Annual statistical returns and brief notes on vaccination in Bengal - 1887-1898
Year: 1887
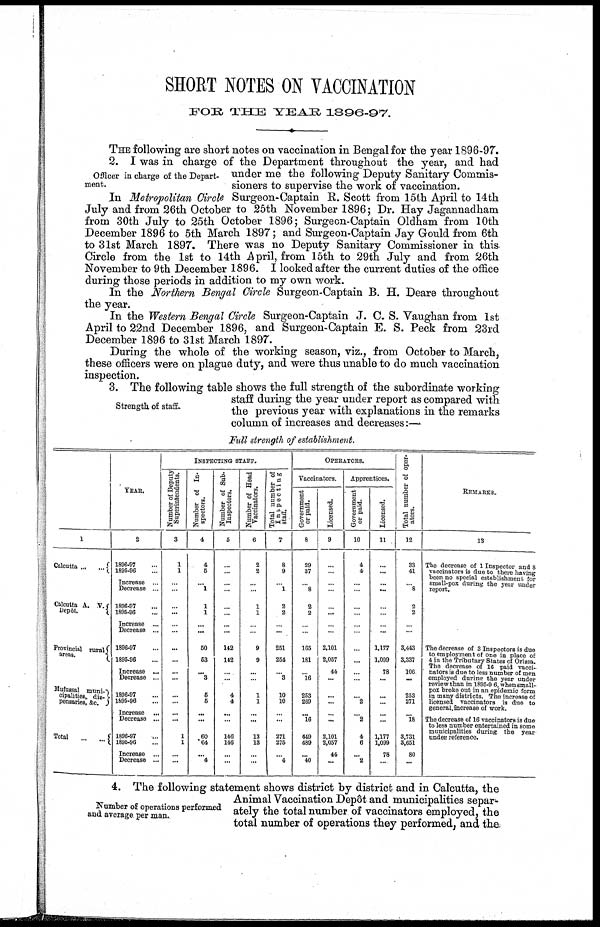
SHORT NOTES ON VACCINATION
FOR THE YEAR 1896-97.
THE following are short notes on vaccination in Bengal for the year 1896-97.
Officer in charge of the Depart-
ment.
2. I was in charge of the Department throughout the year, and had
under me the following Deputy Sanitary Commis-
sioners to supervise the work of vaccination.
In Metropolitan Circle Surgeon-Captain R. Scott from 15th April to 14th
July and from 26th October to 25th November 1896; Dr. Hay Jagannadham
from 30th July to 25th October 1896; Surgeon-Captain Oldham from 10th
December 1896 to 5th March 1897; and Surgeon-Captain Jay Gould from 6th
to 31st March 1897. There was no Deputy Sanitary Commissioner in this.
Circle from the 1st to 14th April, from 15th to 29th July and from 26th
November to 9th December 1896. I looked after the current duties of the office
during those periods in addition to my own work.
In the Northern Bengal Circle Surgeon-Captain B. H. Deare throughout
the year.
In the Western Bengal Circle Surgeon-Captain J. C. S. Vaughan from 1st
April to 22nd December 1896, and Surgeon-Captain E. S. Peck from 23rd
December 1896 to 31st March 1897.
During the whole of the working season, viz., from October to March,
these officers were on plague duty, and were thus unable to do much vaccination
inspection.
Strength of staff.
3. The following table shows the full strength of the subordinate working
staff during the year under report as compared with
the previous year with explanations in the remarks
column of increases and decreases:—
Full strength of establishment.
1
Calcutta ... ...
Calcutta A. V.
Depôt.
Provincial rural
areas.
Mufussal
muni-
cipalities, dis-
pensaries, &c.
Total
...
...
YEAR.
2
1896-97 ...
1895-96 ...
Increase ...
Decrease ...
1896-97 ...
1895-96 ...
Increase ...
Decrease ...
1896-97 ...
1896-96 ...
Increase ...
Decrease ...
1896-97 ...
1895-96 ...
Increase ...
Decrease ...
1896-97 ...
1896-96 ...
Increase ...
Decrease ...
INSPECTING STAFF.
Number of Deputy
Superintendents.
3
1
1
...
...
...
...
...
...
...
...
...
...
...
...
...
...
1
1
...
...
Number of In-
spectors.
4
4
5
...
1
1
1
...
...
50
53
... 3
5
5
...
...
60
64
... 4
Number of Sub-
Inspectors.
5
...
...
...
...
...
...
...
...
142
142
...
...
4
4
...
...
146
146
...
...
Number of Head
Vaccinators.
6
2
2
...
...
1
1
...
...
9
9
...
...
1
1
...
...
13
13
...
...
Total number of
Inspecting
staff.
7
8
9
...
1
2
2
...
...
251
254
... 3
10
10
...
...
271
275
...
4
OPERATORS.
Vaccinators.
Government
or paid.
8
29
37
...
8
2
2
...
...
165
181
... 16
253
269
... 16
449
489
... 40
Licensed.
9
...
...
...
...
...
...
...
...
2,101
2,057
44
...
...
...
...
...
2,101
2,057
44
...
Apprentices.
Government
or paid.
10
4
4
...
...
...
...
...
...
...
...
...
...
...
2
... 2
4
6
... 2
Licensed.
11
...
...
...
...
...
...
...
...
1,177
1,099
78
...
...
...
...
...
1,177
1,099
78
...
Total number of oper-
ators.
12
33
41
...
8
2
2
...
...
3,443
3,337
106
...
253
271
... 18
3,731
3,651
80
...
REMARKS.
13
The decrease of 1 Inspector and 8
vaccinators is due to there having
been no special establishment for
small-pox during the year under
report.
The decrease of 3 Inspectors is due
to employment of one in place of
4 in the Tributary States of Orissa.
The decrease of 16 paid vacci-
nators is due to less number of men
employed during the year under
review than in 1895-96, when small-
pox broke out in an epidemic form
in many districts. The increase of
licensed vaccinators is due to
general increase of work.
The decrease of 16 vaccinators is due
to less number entertained in some
municipalities during the year
under reference.
Number of operations performed
and average per man.
4. The following statement shows district by district and in Calcutta, the
Animal Vaccination Depôt and municipalities separ-
ately the total number of vaccinators employed, the
total number of operations they performed, and the